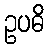
ဥပဓိ